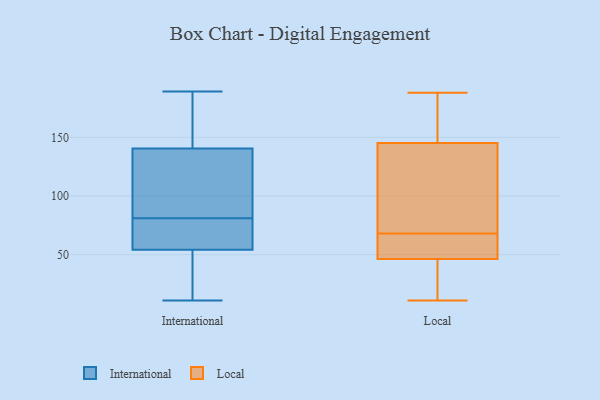
{"axis": {"x": "Latency (ms)", "y": "Value"}, "legend": ["International", "Local"], "data": [{"x": "", "y": 136, "type": "International"}, {"x": "", "y": 189, "type": "International"}, {"x": "", "y": 109, "type": "International"}, {"x": "", "y": 67, "type": "International"}, {"x": "", "y": 81, "type": "International"}, {"x": "", "y": 11, "type": "International"}, {"x": "", "y": 71, "type": "International"}, {"x": "", "y": 152, "type": "International"}, {"x": "", "y": 37, "type": "International"}, {"x": "", "y": 50, "type": "International"}, {"x": "", "y": 142, "type": "International"}, {"x": "", "y": 153, "type": "Local"}, {"x": "", "y": 67, "type": "Local"}, {"x": "", "y": 11, "type": "Local"}, {"x": "", "y": 122, "type": "Local"}, {"x": "", "y": 120, "type": "Local"}, {"x": "", "y": 64, "type": "Local"}, {"x": "", "y": 53, "type": "Local"}, {"x": "", "y": 44, "type": "Local"}, {"x": "", "y": 68, "type": "Local"}, {"x": "", "y": 21, "type": "Local"}, {"x": "", "y": 88, "type": "Local"}, {"x": "", "y": 167, "type": "Local"}, {"x": "", "y": 188, "type": "Local"}, {"x": "", "y": 25, "type": "Local"}, {"x": "", "y": 175, "type": "Local"}]}